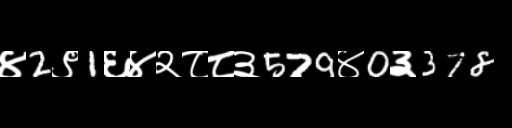
Text: ४2९1६४२८८३579४0३378